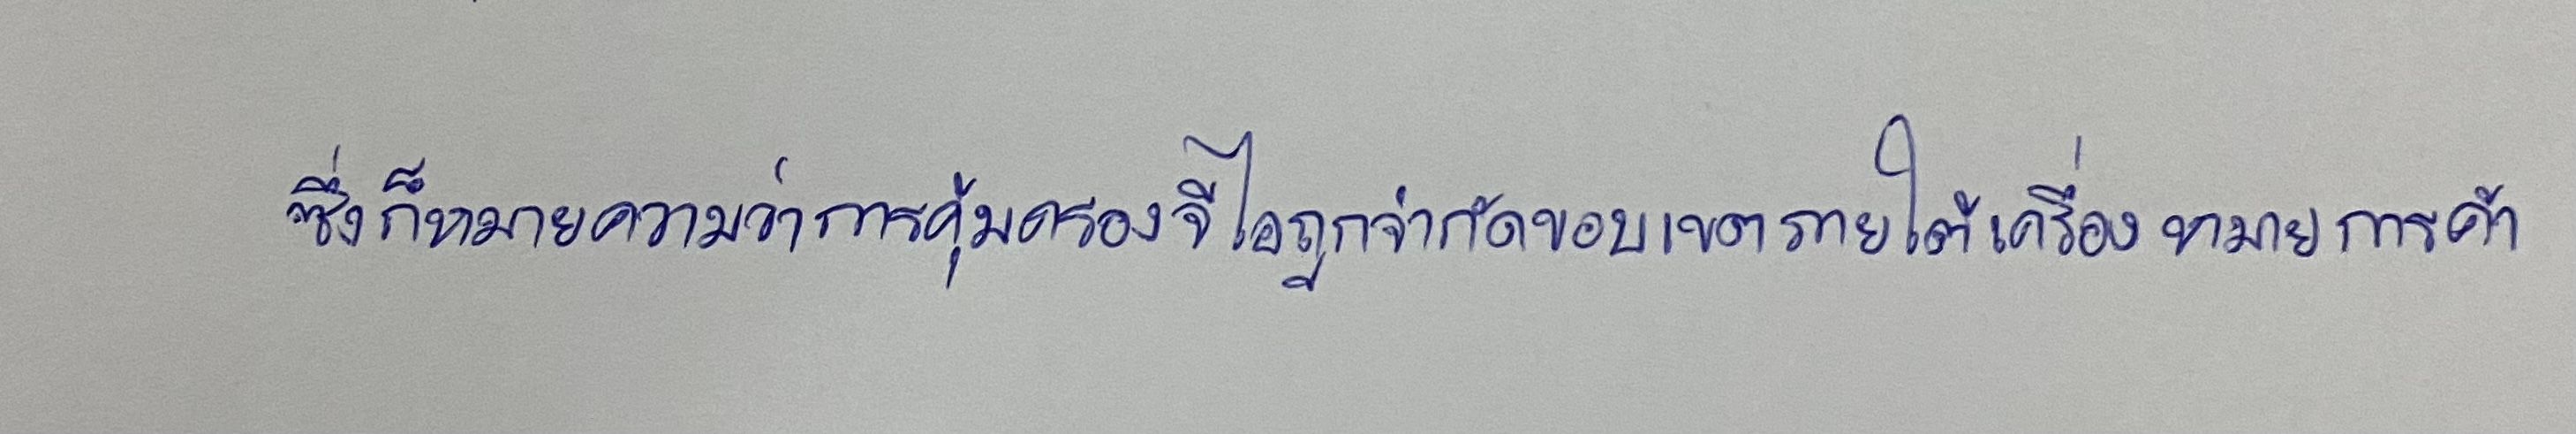
ซึ่งก็หมายความว่าการคุ้มครองจีไอถูกจำกัดขอบเขตภายใต้เครื่องหมายการค้า